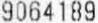
9064189